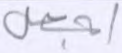
أجعل